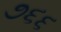
૭૬૬